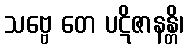
သဗ္ဗေ တေ ပဋိဇာနန္တိ၊